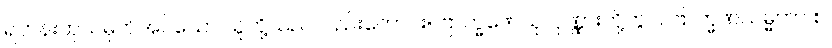
ရဟန်းဟုသမုတ်အပ်သော သူတို့သည်လည်းကောင်း။ ဗြာဟ္မဏေသု၊ ပုဏ္ဏားတို့တွင်။ ဗြာဟ္မဏသမ္မတာ စ၊